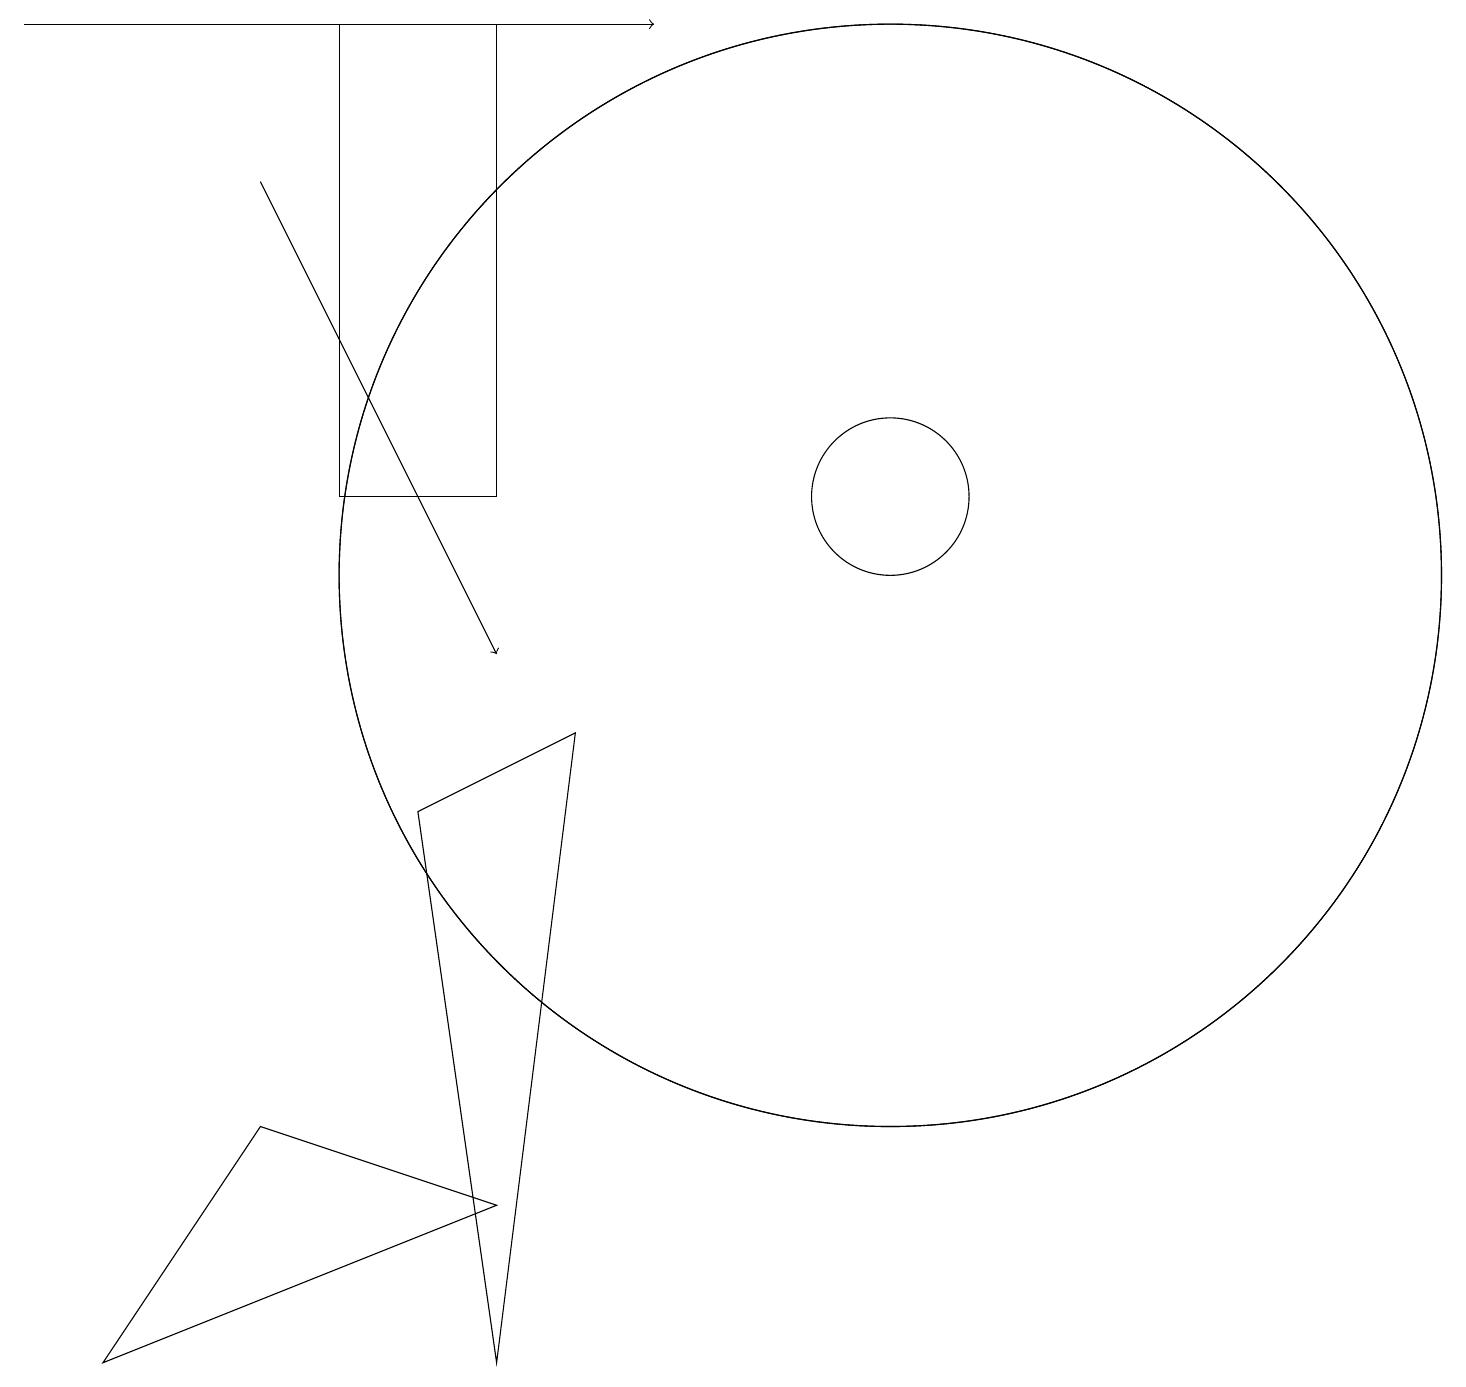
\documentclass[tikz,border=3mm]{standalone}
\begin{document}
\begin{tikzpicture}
\draw (11,12) circle (1);
\draw (4,12) rectangle (6,18);
\draw[->] (3,16) -- (6,10);
\draw (11,11) circle (7);
\draw (11,11) circle (7);
\draw (1,1) -- (6,3) -- (3,4) -- cycle;
\draw[->] (0,18) -- (8,18);
\draw (7,9) -- (5,8) -- (6,1) -- cycle;
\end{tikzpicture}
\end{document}